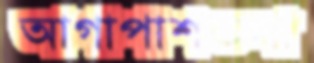
আগাপাশতলা